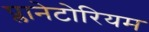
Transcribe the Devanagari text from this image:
प्लानेटोरियम